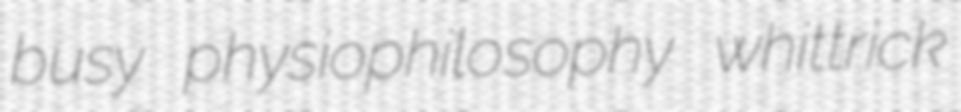
busy physiophilosophy whittrick